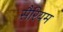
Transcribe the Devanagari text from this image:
सैरियम